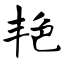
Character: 艳